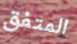
المتفق